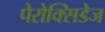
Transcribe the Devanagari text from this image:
पेरोक्सिडेज